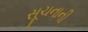
સૂચનાની